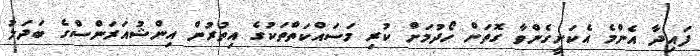
ފައިދާ އެންމެ އެކަށީގެންވާ ގޮތަށް ހޯދުމަށް ކުރި މަސައްކަތްތަކުގެ އިތުރުން އިންޝުއަރަންސްގެ ބަދަލު